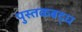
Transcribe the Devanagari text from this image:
पुस्तकबद्ध